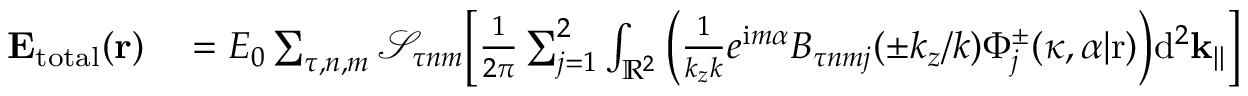
\begin{array} { r l } { \mathbf { E _ { \mathrm { t o t a l } } } ( \mathbf { r } ) } & { { } = E _ { 0 } \sum _ { \tau , n , m } \mathcal { S } _ { \tau n m } \bigg [ \frac { 1 } { 2 \pi } \sum _ { j = 1 } ^ { 2 } \int _ { \mathbb { R } ^ { 2 } } \bigg ( \frac { 1 } { k _ { z } k } e ^ { \mathrm { i } m \alpha } B _ { \tau n m j } ( \pm k _ { z } / k ) \Phi _ { j } ^ { \pm } ( \kappa , \alpha | \mathrm { r } ) \bigg ) \mathrm { d } ^ { 2 } \mathbf { k } _ { | | } \bigg ] } \end{array}